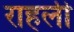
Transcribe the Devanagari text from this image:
राहली